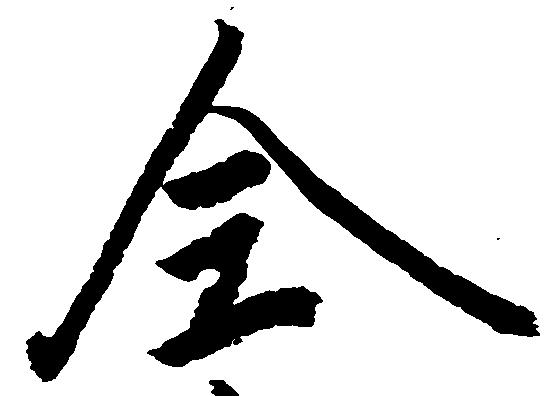
全